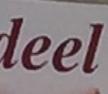
deel